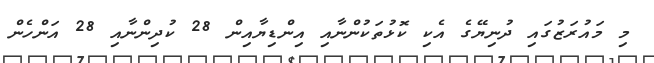
މި މައުރަޒުގައި ދުނިޔޭގެ އެކި ކޮޅުތަކުންނާއި އިންޑިޔާއިން 28 ކުދިންނާއި 28 އަންހެން